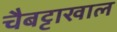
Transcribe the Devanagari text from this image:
चैबट्टाखाल